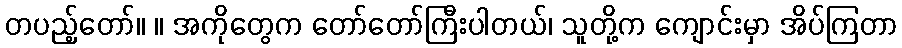
တပည့်တော်။ ။ အကိုတွေက တော်တော်ကြီးပါတယ်၊ သူတို့က ကျောင်းမှာ အိပ်ကြတာ